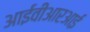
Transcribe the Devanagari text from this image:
आईवीआरआई